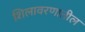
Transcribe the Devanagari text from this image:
शिलावरणातील